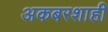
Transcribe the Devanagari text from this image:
अकबरशाही